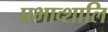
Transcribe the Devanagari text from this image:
प्रभाव्शालि